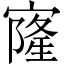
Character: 㝫